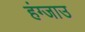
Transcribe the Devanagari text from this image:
हंग्जाउ